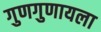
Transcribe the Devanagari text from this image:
गुणगुणायला